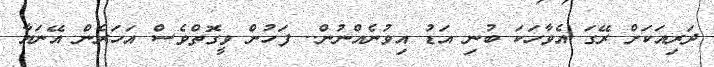
ދަރިއަކަށް ރޭގަ އެވާހަކަ ބުނި އަޑު އިވުނެއްނުން.. ފަހުން ވީގޮތްވެސް އަހަރެން އޭނަޔާ